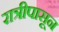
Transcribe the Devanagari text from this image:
रात्रीपासून